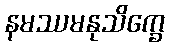
နမဿမနုသိက္ခေ